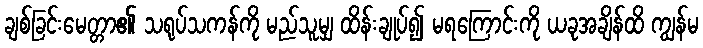
ချစ်ခြင်းမေတ္တာ၏ သရုပ်သကန်ကို မည်သူမျှ ထိန်းချုပ်၍ မရကြောင်းကို ယခုအချိန်ထိ ကျွန်မ